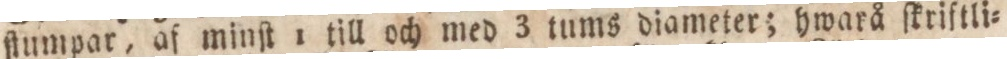
ſtumpar, af minſt 1 till och med 3 tums diameter; hwarå ſkriſtli=